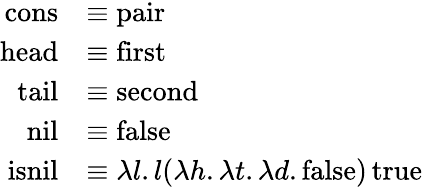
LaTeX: {\begin{array}{rl}{\operatorname{cons}}&{\equiv\operatorname{pair}}\\ {\operatorname{head}}&{\equiv\operatorname{first}}\\ {\operatorname{tail}}&{\equiv\operatorname{second}}\\ {\operatorname{nil}}&{\equiv\operatorname{false}}\\ {\operatorname{isnil}}&{\equiv\lambda l.l(\lambda h.\lambda t.\lambda d.\operatorname{false})\operatorname{true}}\end{array}}